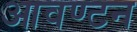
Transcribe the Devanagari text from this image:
आवण्टन